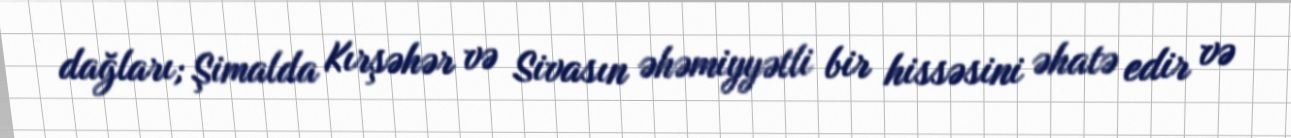
dağları; Şimalda Kırşəhər və Sivasın əhəmiyyətli bir hissəsini əhatə edir və